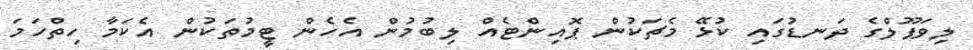
ލިވަޕޫލްގެ ދަނޑުގައި ކުޅޭ މެޗަކުން ޕޮއިންޓެއް ލިބުމުން އެހެން ޓީމުތަކުން އެކަމާ ހިތްހަމަ